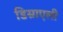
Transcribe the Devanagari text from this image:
डिस्राएली